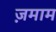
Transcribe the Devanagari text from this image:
ज़माम